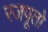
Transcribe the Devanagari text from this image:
रजपूतो